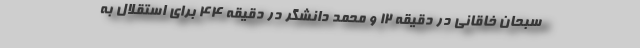
سبحان خاقانی در دقیقه ۱۲ و محمد دانشگر در دقیقه ۴۴ برای استقلال به